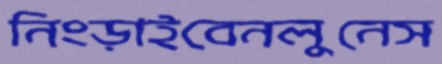
নিংড়াইবেনলুনেস